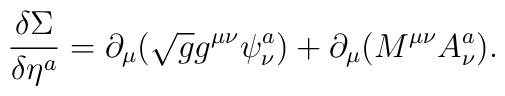
\frac{\delta \Sigma}{\delta \eta^{a}} = \partial_{\mu} ( \sqrt{g}                                        g^{\mu\nu} \psi^{a}_{\nu} ) +                           \partial_{\mu} ( M^{\mu\nu} A^{a}_{\nu} ) .